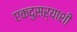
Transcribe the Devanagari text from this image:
एकदुसऱ्याशी